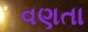
વણતા